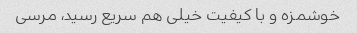
خوشمزه و با کیفیت خیلی هم سریع رسید، مرسی